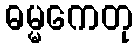
ဓမ္မကေတု